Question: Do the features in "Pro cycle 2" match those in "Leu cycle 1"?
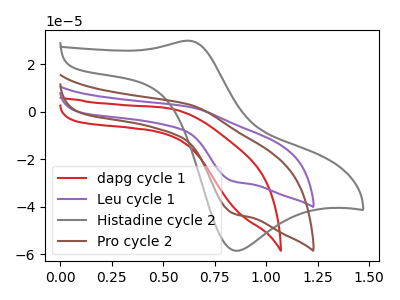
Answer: <think>The red curve "dapg cycle 1" has no peaks. The purple curve "Leu cycle 1" has an anodic peak at (0.65V, 2.10uA) and a cathodic peak at (0.85V, -29.10uA). The gray curve "Histadine cycle 2" has an anodic peak at (0.60V, 30.00uA) and a cathodic peak at (0.85V, -58.45uA). The brown curve "Pro cycle 2" has an anodic peak at (0.65V, 3.05uA) and a cathodic peak at (0.85V, -42.55uA).
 All the peaks in "Pro cycle 2" have a peak in "Leu cycle 1" at the same potential. Every peak in "Pro cycle 2" is higher than every peak in "Leu cycle 1".</think>
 <answer>"Pro cycle 2" and "Leu cycle 1" are similar in shape.</answer>
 <eval>same_shape</eval>